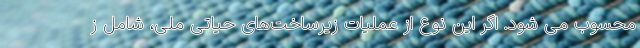
محسوب می شود. اگر این نوع از عملیات زیرساخت‌های حیاتی ملی، شامل ز